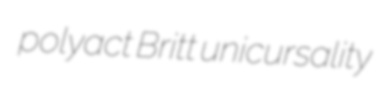
polyact Britt unicursality